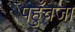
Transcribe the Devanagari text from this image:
पहुँचजा